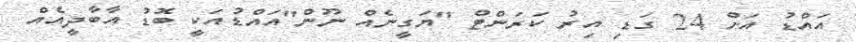
އައްޑު އަށް 24 ގަޑި އިރު ކަރަންޓް "ޔަގީނެއް ނޫން"އައްޑުއަކީ ބޮޑު އާބާދީއެއް